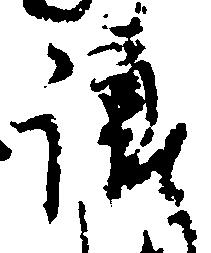
譲